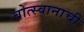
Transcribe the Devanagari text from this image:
बोत्स्वानाची